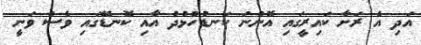
އަދި އެ ރަށާ ކައިރީގައި އޮންނަ ކަނޑުހުޅުދު އާއި ކޮނޑޭގައި ވެސް ވަނީ